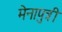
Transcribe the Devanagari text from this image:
मेनापुत्री